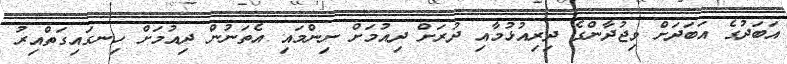
އަބަދުގެ އަބަދަށް ވިޖުދާންގެ ދިރިއުޅުމާއި ދުރަށް ދިއުމަށް ނިންމައި އެތަނުން ދިއުމަށް ހިނގައިގަތްއިރު